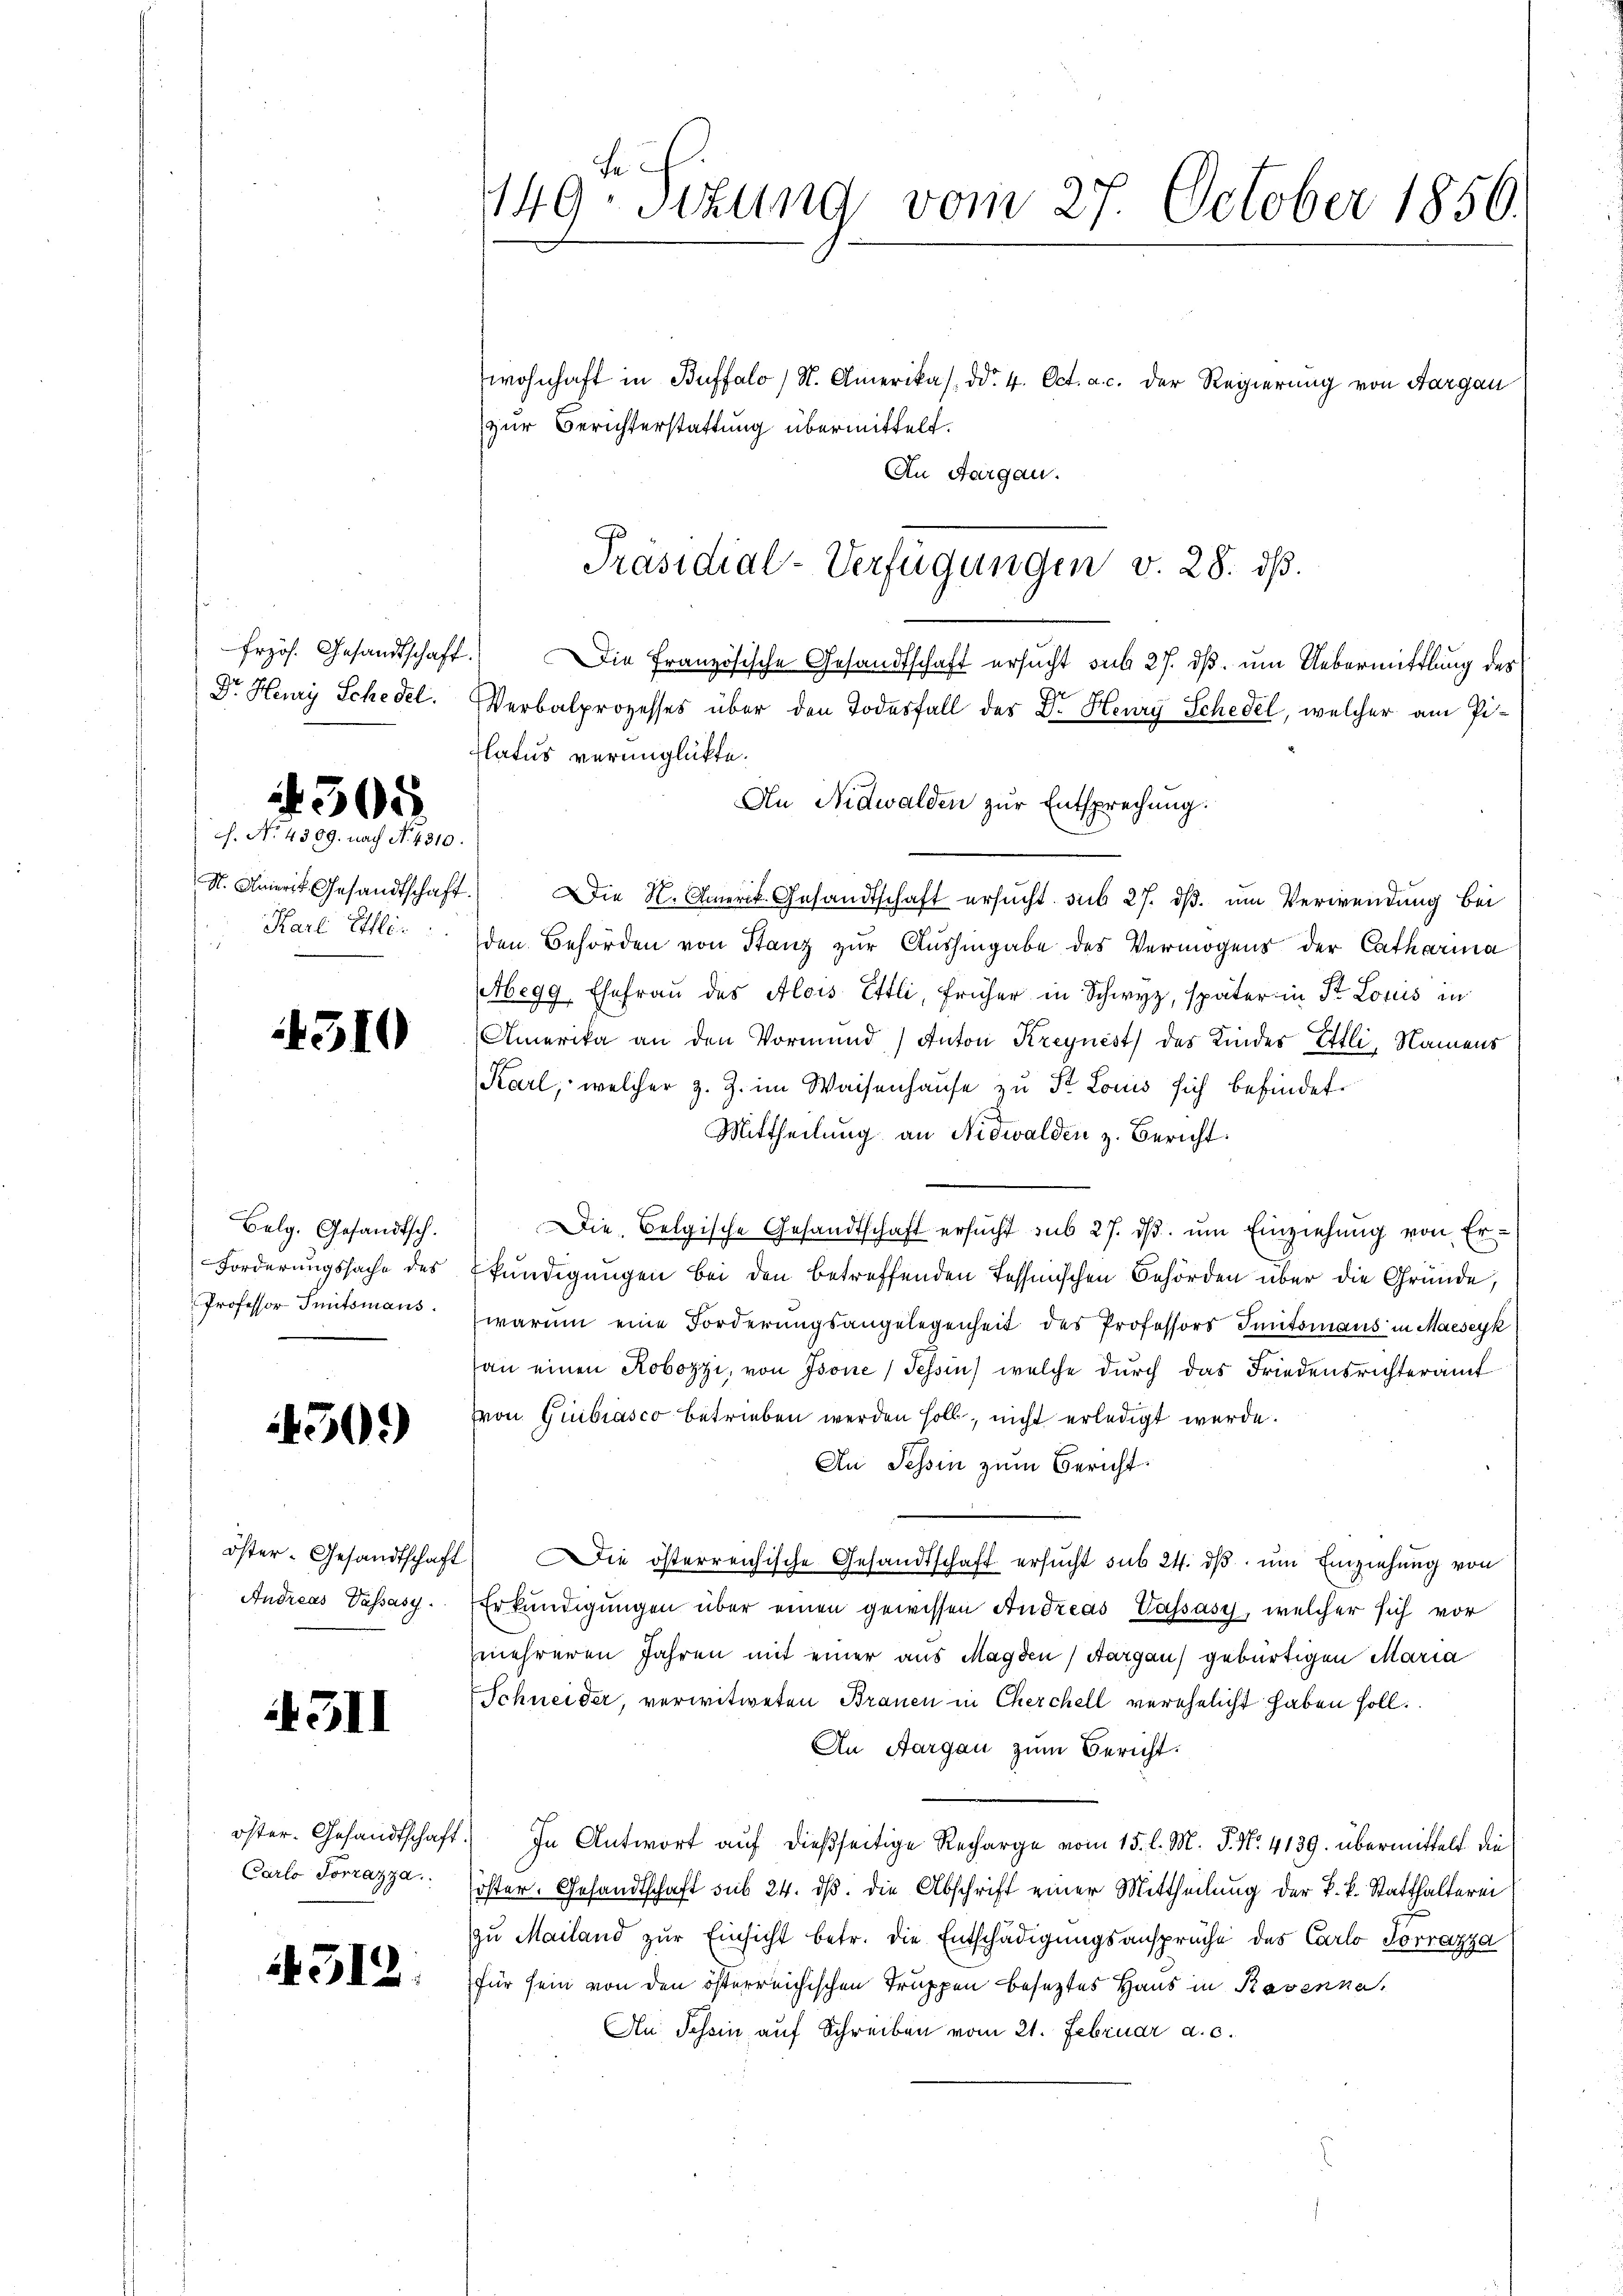
frzös. Gesandtschaft.
Dr. Henry Schedel.

4305.

ch. No. 4309. nach No. 4310.
S. Amerit Gesandtschaft
Karl Ellen:

310

Belg. Gesandtsch.
Forderungssache des
Professor Trutsmans.

40.)

öster- Gesandtschaft
Andreas Passasy.

511

öster. Gesandtschaft
Carlo Torrazza

312.

Fe
149: Sizung vom 27. October 1856.

wohnhaft in Buffalo (N. Amerikas, d. 4. Oct. a. c. der Regierung von Aargau
zur Berichterstattung übermittelt.
An Aargau.
Die Französische Gesandtschaft ersucht sub 27. ds. um Uebermittlung des
Verbalprozesses über den Todesfall der Dr. Henry Schedel, welcher am Pilatus verunglückte.
Die K. Amerit. Gesandtschaft ersucht sub 27. ds. um Verwendung bei
den Behörden von Stanz zur Aushingabe des Vermögens der Catharina
Abegg, Ehefrau des Alois Ettli, früher in Schwyz, später in St. Lotus in
Amerika an den Vormund Anton Kreynest des Kindes Ettli, Namens
Karl, welcher z. Z. im Waisenhause zu St. Louis sich befindet.
Mittheilung an Nidwalden z. Bericht:
Die Belgische Gesandtschaft ersucht sub 27. dβ. ŭm Einziehung von Erkundigungen bei den betreffenden Tessinischen Behörden über die Gründe,
warum eine Forderungsangelegenheit des Professors Initsmans in Meseyk
an einen Robozzi, von Isone (Tessin, welche durch das Friedensrichteramt
von Guibiasco betrieben werden soll, nicht erledigt werde.
An Tessin zum Bericht
Die österreichische Gesandtschaft ersucht sub 24. ds. um Einziehung von
Erkundigungen über einen gewissen Andreas Wassasy, welcher sich vor
mehreren Jahren mit einer aus Magden, Aargau gebürtigen Maria
Schneider, verwitweten Brauen in Cherchell verehelicht haben soll.
An Aargau zum Bericht.
In Antwort auf dießseitige Recharge vom 15. l. M. P. Nr. 4139. übermittelt die
öster. Gesandtschaft sub 24. ds. die Abschrift einer Mittheilung der k. k. Statthaltern
zu Mailand zur Einsicht betr. die Entschädigungsansprüche des Carlo Torrazza
für sein von den österreichischen Truppen beseztes Haus in Ravenna
An Schon auf Schreiben vom 21. Februar a. c.

Präsidial-Verfügungen v. 28. ds.

An Nidwalden zur Entsprechung.